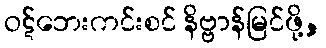
ဝဋ်ဘေးကင်းစင် နိဗ္ဗာန်မြင်ဖို့,